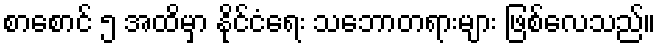
စာစောင် ၅ အထိမှာ နိုင်ငံရေး သဘောတရားများ ဖြစ်လေသည်။